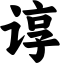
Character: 谆